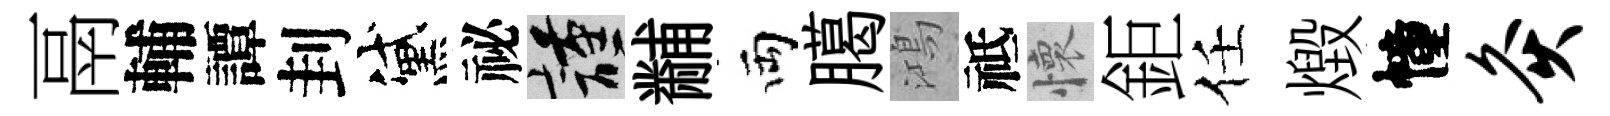
鬲輔譚刲黛祕謹黼両臈鴻祗懷鉅任燬幢灸